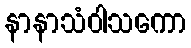
နာနာသံဝါသကော